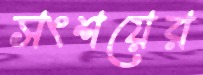
সংশয়ের